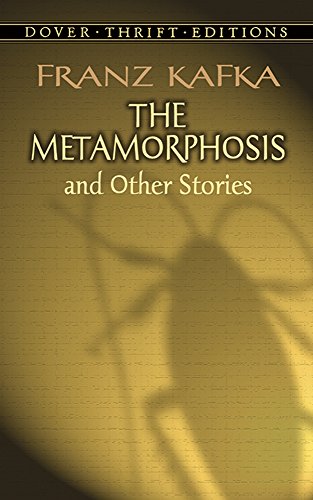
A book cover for The Metamorphosis and Other Stories (Dover Thrift Editions); Franz Kafka; Literature & Fiction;